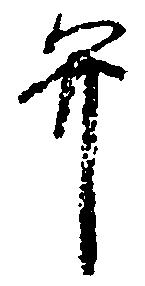
弁